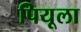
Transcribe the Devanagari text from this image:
पियूला